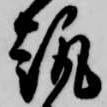
趣